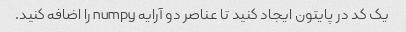
یک کد در پایتون ایجاد کنید تا عناصر دو آرایه numpy را اضافه کنید.